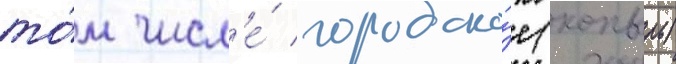
то́м числ'е́ городско́е (копыль)